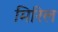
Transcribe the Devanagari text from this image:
मिरिल